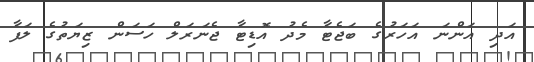
އަދި އަންނަ އަހަރުގެ ބަޖެޓާ މެދު އޮޑިޓާ ޖެނަރަލް ހަސަން ޒިޔަތުގެ ލަފާ